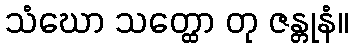
သံဃော သတ္ထော တု ဇန္တုနံ။